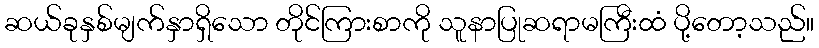
ဆယ်ခုနှစ်မျက်နှာရှိသော တိုင်ကြားစာကို သူနာပြုဆရာမကြီးထံ ပို့တော့သည်။